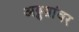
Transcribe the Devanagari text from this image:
अड्डय़ांवर